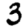
Digit: 3